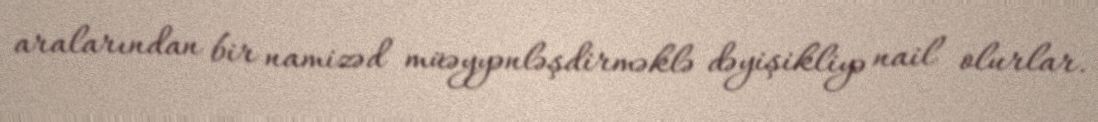
aralarından bir namizəd müəyyənləşdirməklə dəyişikliyə nail olurlar.